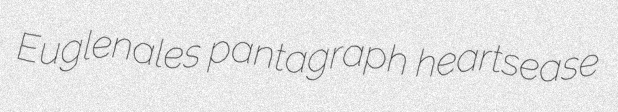
Euglenales pantagraph heartsease